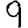
Digit: 9